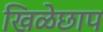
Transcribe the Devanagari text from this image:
खिळेछाप